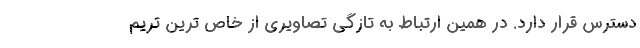
دسترس قرار دارد. در همین ارتباط به تازگی تصاویری از خاص ترین تریم